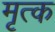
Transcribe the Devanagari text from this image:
मृत्क